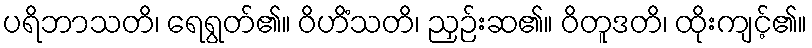
ပရိဘာသတိ၊ ရေရွတ်၏။ ဝိဟိံသတိ၊ ညှဉ်းဆ၏။ ဝိတူဒတိ၊ ထိုးကျင့်၏။